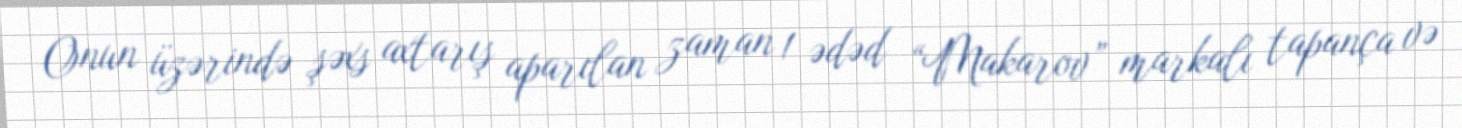
Onun üzərində şəxs axtarış aparılan zaman 1 ədəd “Makarov” markalı tapança və